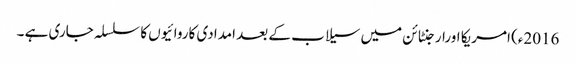
2016ء) امریکا اورارجنٹائن میں سیلاب کے بعد امدادی کاروائیوں کا سلسلہ جاری ہے ۔